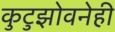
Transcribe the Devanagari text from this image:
कुटुझोवनेही